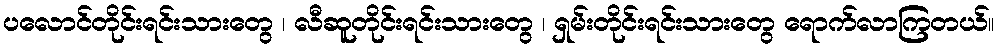
ပလောင်တိုင်းရင်းသားတွေ ၊ လီဆူတိုင်းရင်းသားတွေ ၊ ရှမ်းတိုင်းရင်းသားတွေ ရောက်လာကြတယ်။